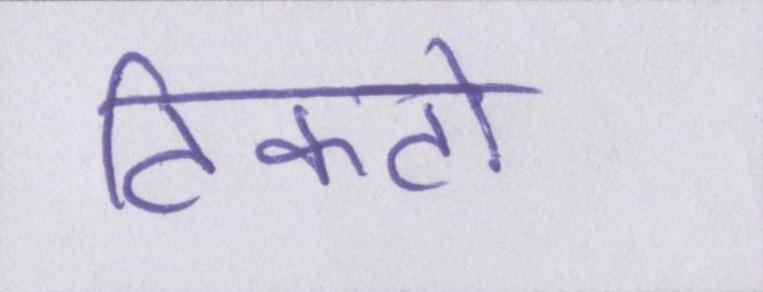
टिकटों